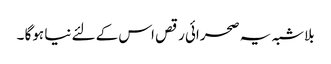
بلاشبہ یہ صحرائی رقص اس کے لئے نیا ہوگا ۔